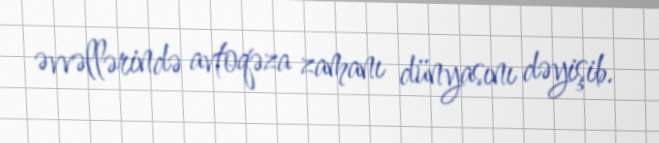
əvvəllərində avtoqəza zamanı dünyasını dəyişib.